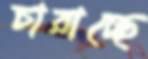
চারাচ্ছে